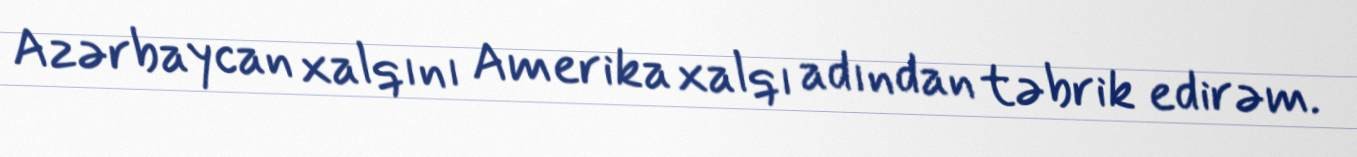
Azərbaycan xalqını Amerika xalqı adından təbrik edirəm.